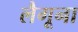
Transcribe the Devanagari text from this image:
लैगूना